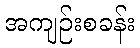
အကျဉ်းစခန်း